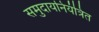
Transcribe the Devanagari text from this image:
समुदायनियंत्रित